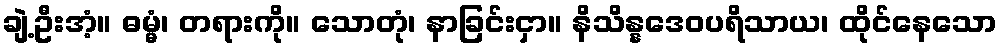
ချဲ့ဦးအံ့။ ဓမ္မံ၊ တရားကို။ သောတုံ၊ နာခြင်းငှာ။ နိသိန္နဒေဝပရိသာယ၊ ထိုင်နေသော